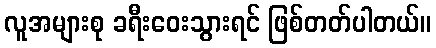
လူအများစု ခရီးဝေးသွားရင် ဖြစ်တတ်ပါတယ်။